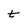
Character: t